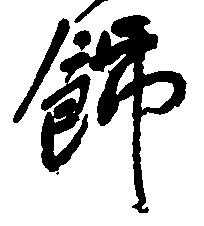
飾